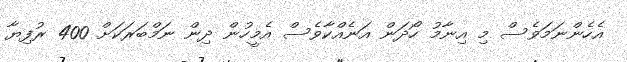
އެހެންނަމަވެސް މި އިނާމު ހޯދަން އަނެއްކާވެސް އެމީހުން ދިން ނަމްބަރަކަށް 400 ރުފިޔާ